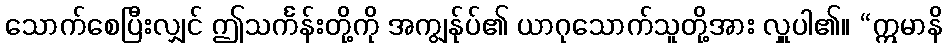
သောက်စေပြီးလျှင် ဤသင်္ကန်းတို့ကို အကျွန်ုပ်၏ ယာဂုသောက်သူတို့အား လှူပါ၏။ “ဣမာနိ